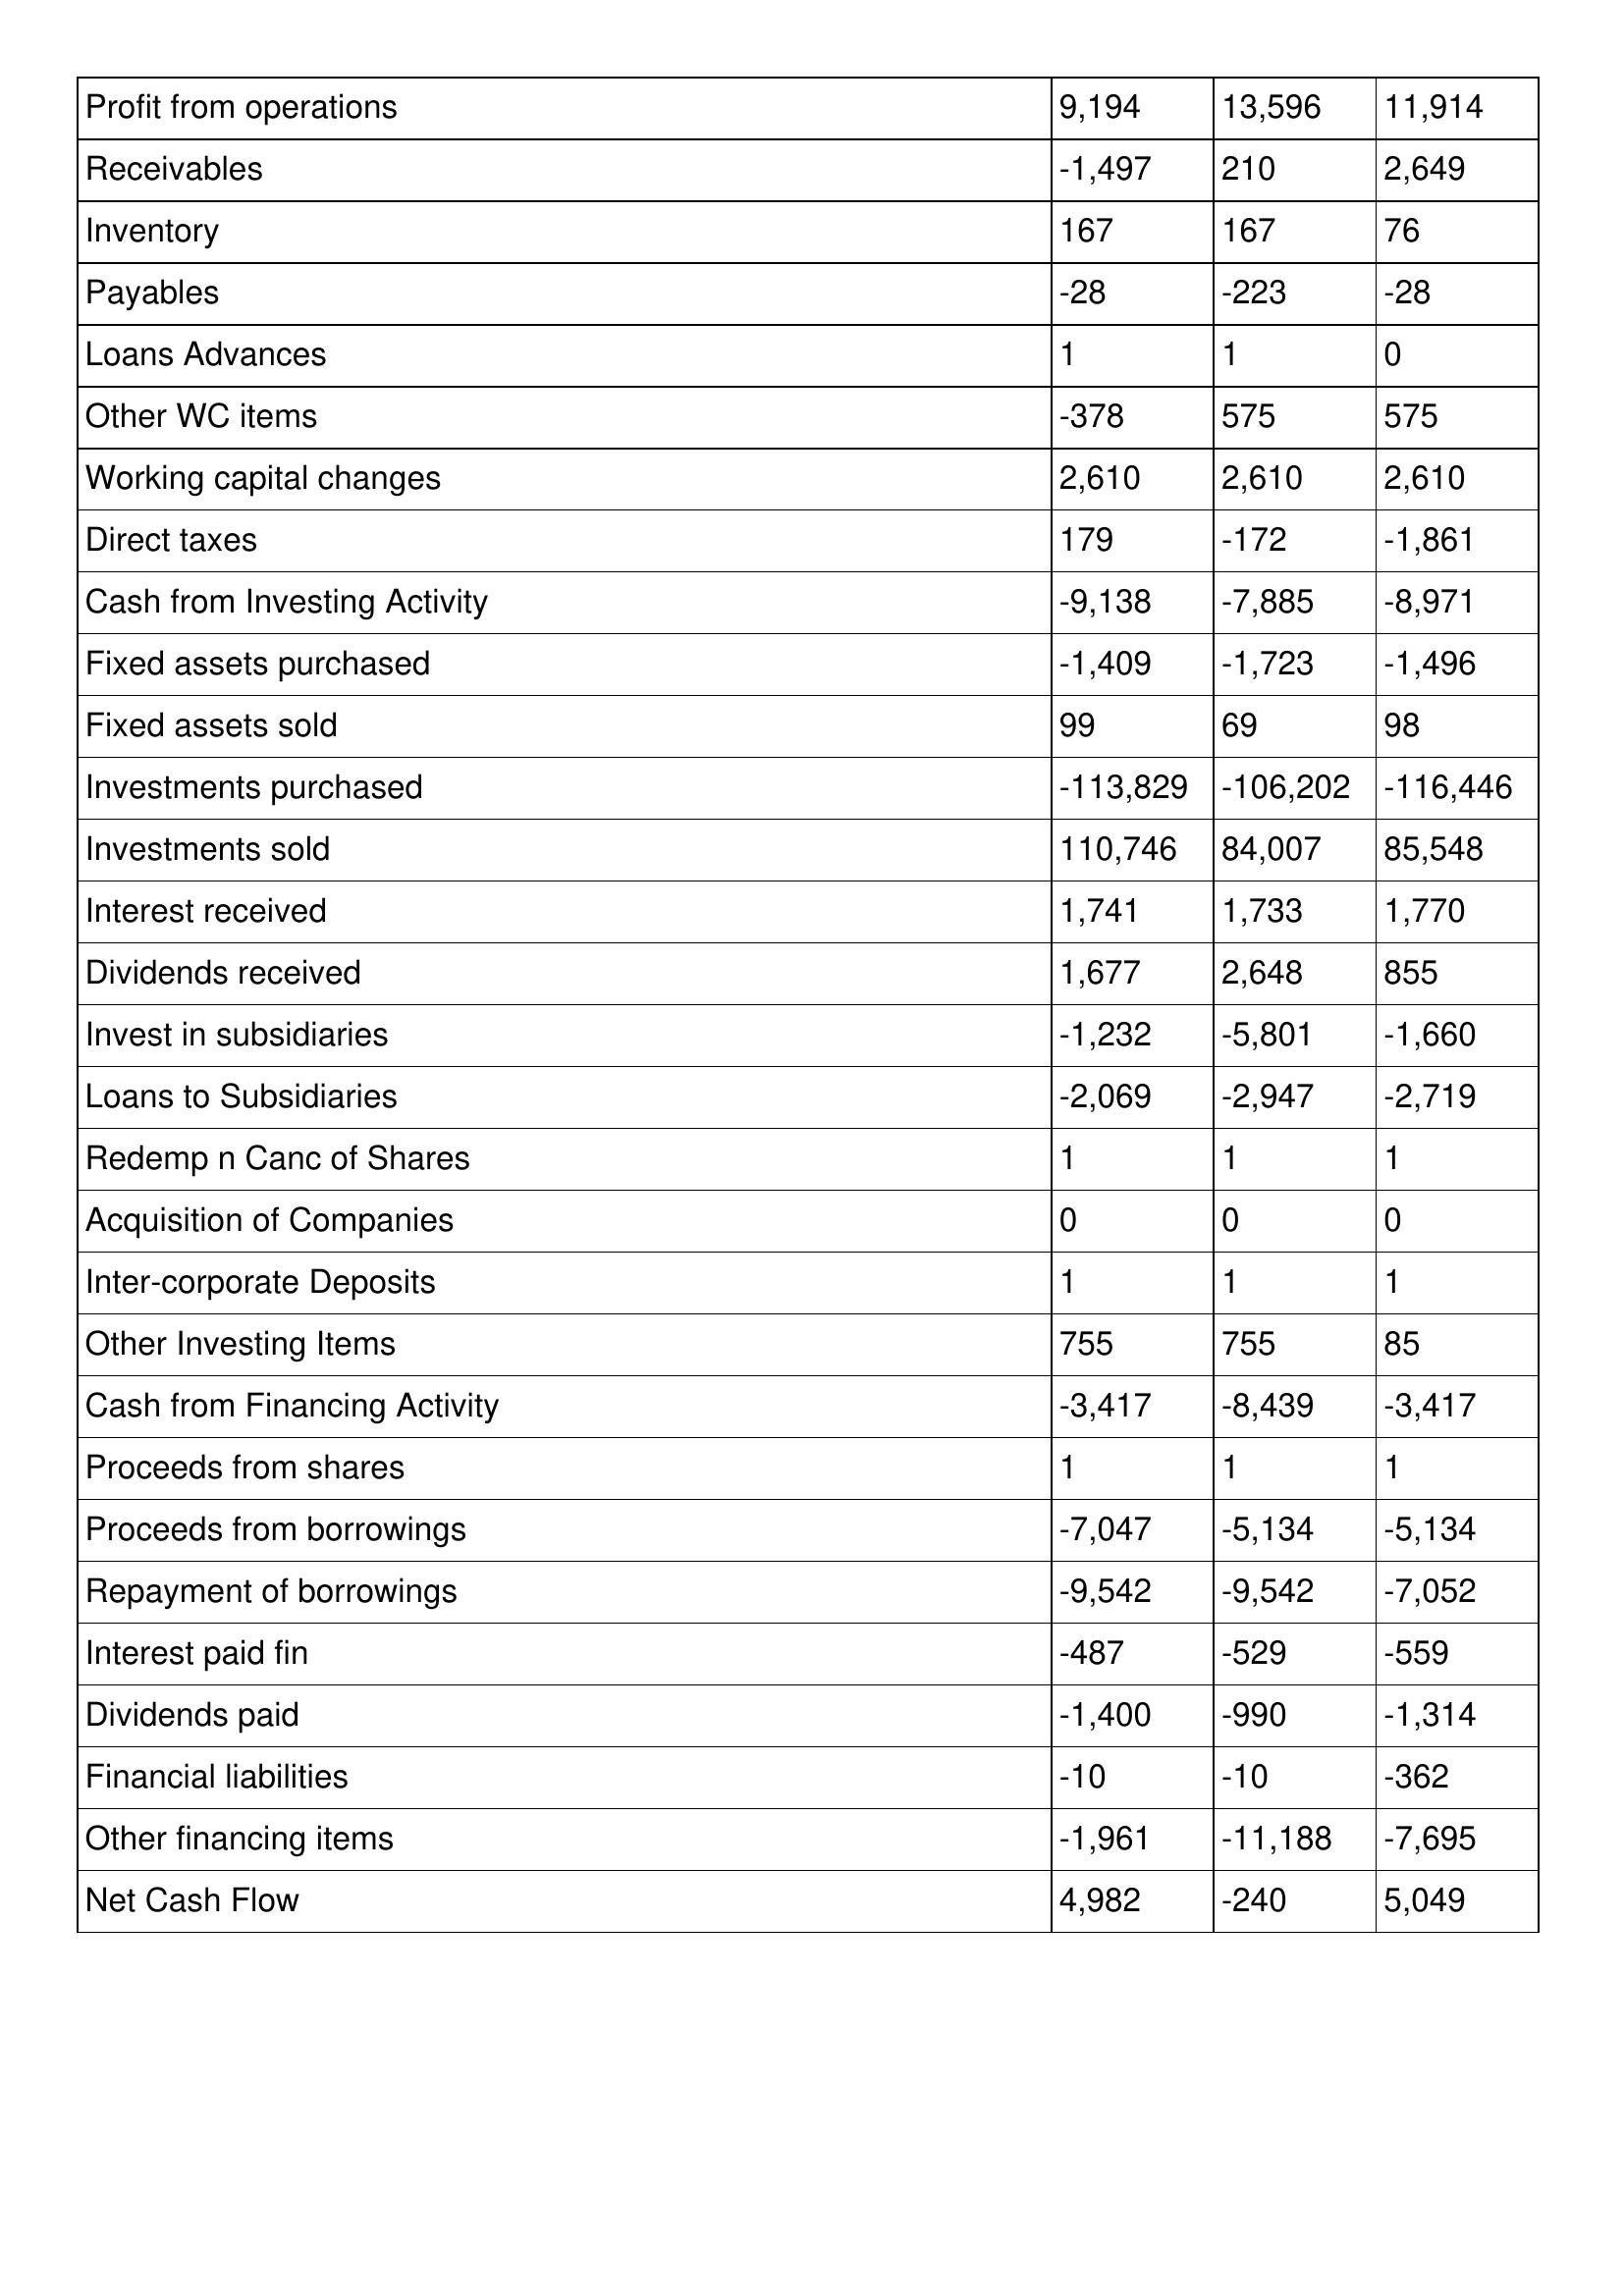
gt_parse: 2006: Cash Flows: Profit from operations: 9,194
Receivables: -1,497
Inventory: 167
Payables: -28
Loans Advances: 1
Other WC items: -378
Working capital changes: 2,610
Direct taxes: 179
Cash from Investing Activity: -9,138
Fixed assets purchased: -1,409
Fixed assets sold: 99
Investments purchased: -113,829
Investments sold: 110,746
Interest received: 1,741
Dividends received: 1,677
Invest in subsidiaries: -1,232
Loans to Subsidiaries: -2,069
Redemp n Canc of Shares: 1
Acquisition of Companies: 0
Inter-corporate Deposits: 1
Other Investing Items: 755
Cash from Financing Activity: -3,417
Proceeds from shares: 1
Proceeds from borrowings: -7,047
Repayment of borrowings: -9,542
Interest paid fin: -487
Dividends paid: -1,400
Financial liabilities: -10
Other financing items: -1,961
Net Cash Flow: 4,982
2005: Cash Flows: Profit from operations: 13,596
Receivables: 210
Inventory: 167
Payables: -223
Loans Advances: 1
Other WC items: 575
Working capital changes: 2,610
Direct taxes: -172
Cash from Investing Activity: -7,885
Fixed assets purchased: -1,723
Fixed assets sold: 69
Investments purchased: -106,202
Investments sold: 84,007
Interest received: 1,733
Dividends received: 2,648
Invest in subsidiaries: -5,801
Loans to Subsidiaries: -2,947
Redemp n Canc of Shares: 1
Acquisition of Companies: 0
Inter-corporate Deposits: 1
Other Investing Items: 755
Cash from Financing Activity: -8,439
Proceeds from shares: 1
Proceeds from borrowings: -5,134
Repayment of borrowings: -9,542
Interest paid fin: -529
Dividends paid: -990
Financial liabilities: -10
Other financing items: -11,188
Net Cash Flow: -240
2004: Cash Flows: Profit from operations: 11,914
Receivables: 2,649
Inventory: 76
Payables: -28
Loans Advances: 0
Other WC items: 575
Working capital changes: 2,610
Direct taxes: -1,861
Cash from Investing Activity: -8,971
Fixed assets purchased: -1,496
Fixed assets sold: 98
Investments purchased: -116,446
Investments sold: 85,548
Interest received: 1,770
Dividends received: 855
Invest in subsidiaries: -1,660
Loans to Subsidiaries: -2,719
Redemp n Canc of Shares: 1
Acquisition of Companies: 0
Inter-corporate Deposits: 1
Other Investing Items: 85
Cash from Financing Activity: -3,417
Proceeds from shares: 1
Proceeds from borrowings: -5,134
Repayment of borrowings: -7,052
Interest paid fin: -559
Dividends paid: -1,314
Financial liabilities: -362
Other financing items: -7,695
Net Cash Flow: 5,049